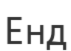
Енд